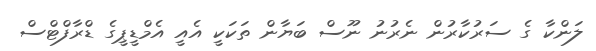
ލަންކާ ގެ ސަރުކާރުން ނެރުނު ނޫސް ބަޔާން ތަކަކީ އެއީ އެމްޑީޕީގެ ޑްރާފްޓްސް